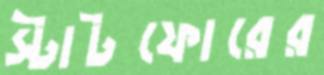
স্টাটফোরের